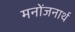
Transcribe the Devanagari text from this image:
मनोंजनार्थ